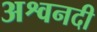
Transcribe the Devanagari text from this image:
अश्वनदी